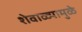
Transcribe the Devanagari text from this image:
शेवाळ्यामुळे